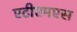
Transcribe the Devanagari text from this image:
एटीएमएस